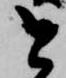
と